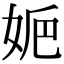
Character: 㛂